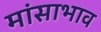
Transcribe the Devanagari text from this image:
मांसाभाव